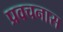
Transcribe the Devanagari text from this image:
प्रवचनास